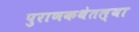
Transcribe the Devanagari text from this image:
पुराणकथेतल्या